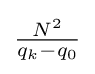
{\tfrac {N^{2}}{q_{k}-q_{0}}}